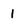
Character: 1